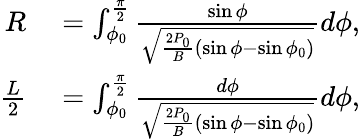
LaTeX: \begin{array}{rl}{R}&{{}=\int_{\phi_{0}}^{\frac{\pi}{2}}\frac{\sin\phi}{\sqrt{\frac{2P_{0}}{B}(\sin\phi-\sin\phi_{0})}}d\phi,}\\ {\frac{L}{2}}&{{}=\int_{\phi_{0}}^{\frac{\pi}{2}}\frac{d\phi}{\sqrt{\frac{2P_{0}}{B}(\sin\phi-\sin\phi_{0})}}d\phi,}\end{array}